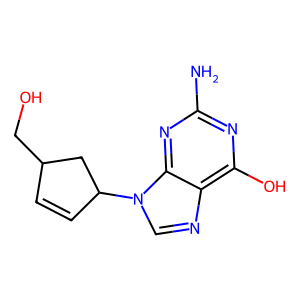
SMILES: Nc1nc(O)c2ncn(C3C=CC(CO)C3)c2n1
Inhibits HIV replication: Yes